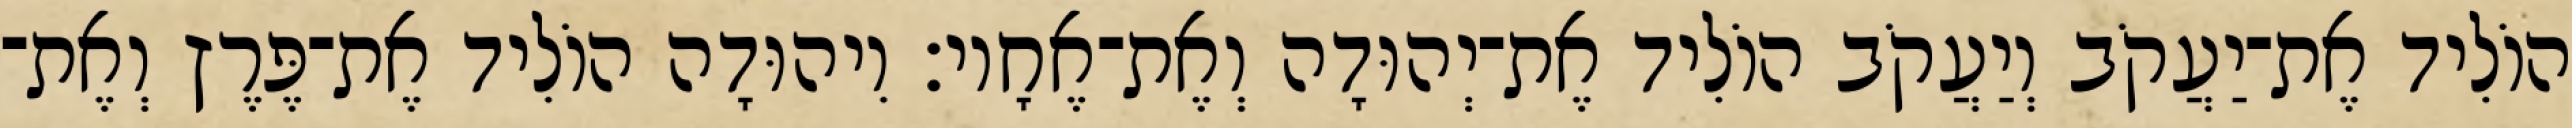
הוֹלִיד אֶת־יַעֲקֹב וְיַעֲקֹב הוֹלִיד אֶת־יְהוּדָה וְאֶת־אֶחָיו׃ וִיהוּדָה הוֹלִיד אֶת־פֶּרֶץ וְאֶת־